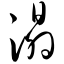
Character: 溻